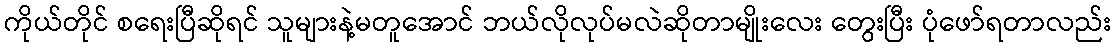
ကိုယ်တိုင် စရေးပြီဆိုရင် သူများနဲ့မတူအောင် ဘယ်လိုလုပ်မလဲဆိုတာမျိုးလေး တွေးပြီး ပုံဖော်ရတာလည်း